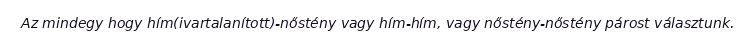
Az mindegy hogy hím(ivartalanított)-nőstény vagy hím-hím, vagy nőstény-nőstény párost választunk.